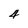
Character: 4